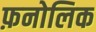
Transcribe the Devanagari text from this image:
फ़नोलिक